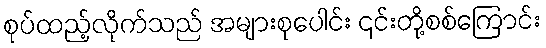
စုပ်ထည့်လိုက်သည် အများစုပေါင်း ၎င်းတို့စစ်ကြောင်း